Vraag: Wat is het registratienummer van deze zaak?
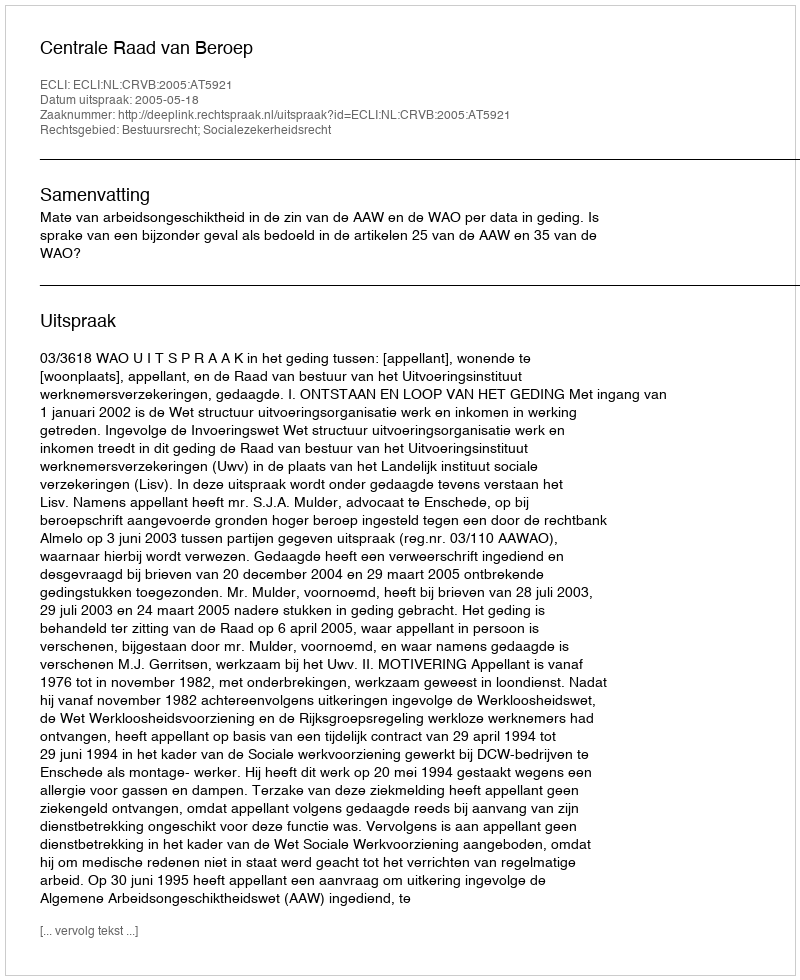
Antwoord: http://deeplink.rechtspraak.nl/uitspraak?id=ECLI:NL:CRVB:2005:AT5921